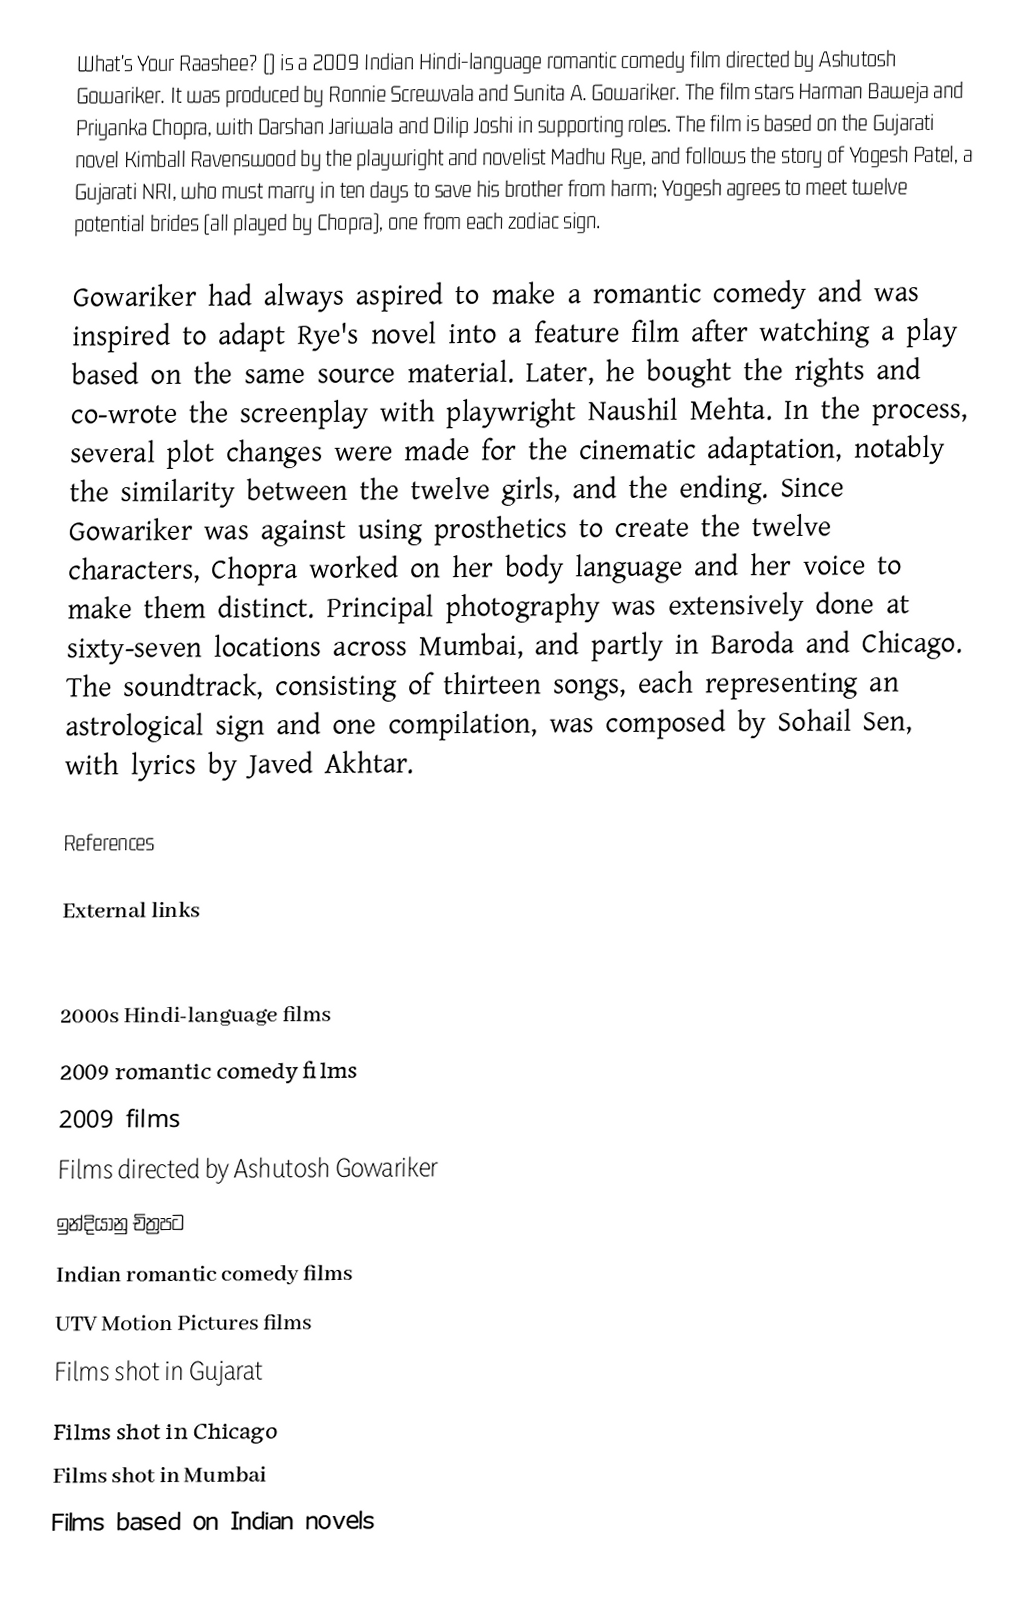
What's Your Raashee? () is a 2009 Indian Hindi-language romantic comedy film directed by Ashutosh Gowariker. It was produced by Ronnie Screwvala and Sunita A. Gowariker. The film stars Harman Baweja and Priyanka Chopra, with Darshan Jariwala and Dilip Joshi in supporting roles. The film is based on the Gujarati novel Kimball Ravenswood by the playwright and novelist Madhu Rye, and follows the story of Yogesh Patel, a Gujarati NRI, who must marry in ten days to save his brother from harm; Yogesh agrees to meet twelve potential brides (all played by Chopra), one from each zodiac sign.

Gowariker had always aspired to make a romantic comedy and was inspired to adapt Rye's novel into a feature film after watching a play based on the same source material. Later, he bought the rights and co-wrote the screenplay with playwright Naushil Mehta. In the process, several plot changes were made for the cinematic adaptation, notably the similarity between the twelve girls, and the ending. Since Gowariker was against using prosthetics to create the twelve characters, Chopra worked on her body language and her voice to make them distinct. Principal photography was extensively done at sixty-seven locations across Mumbai, and partly in Baroda and Chicago. The soundtrack, consisting of thirteen songs, each representing an astrological sign and one compilation, was composed by Sohail Sen, with lyrics by Javed Akhtar.

References

External links

2000s Hindi-language films
2009 romantic comedy films
2009 films
Films directed by Ashutosh Gowariker
ඉන්දියානු චිත්‍රපට
Indian romantic comedy films
UTV Motion Pictures films
Films shot in Gujarat
Films shot in Chicago
Films shot in Mumbai
Films based on Indian novels